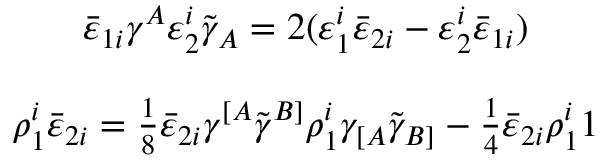
\begin{array} { c } { { \bar { \varepsilon } _ { 1 i } \gamma ^ { A } \varepsilon _ { 2 } ^ { i } \tilde { \gamma } _ { A } = 2 ( \varepsilon _ { 1 } ^ { i } \bar { \varepsilon } _ { 2 i } - \varepsilon _ { 2 } ^ { i } \bar { \varepsilon } _ { 1 i } ) } } \\ { { { } } } \\ { { \rho _ { 1 } ^ { i } \bar { \varepsilon } _ { 2 i } = \textstyle { \frac { 1 } { 8 } } \bar { \varepsilon } _ { 2 i } \gamma ^ { [ A } \tilde { \gamma } ^ { B ] } \rho _ { 1 } ^ { i } \gamma _ { [ A } \tilde { \gamma } _ { B ] } - \textstyle { \frac { 1 } { 4 } } \bar { \varepsilon } _ { 2 i } \rho _ { 1 } ^ { i } 1 } } \end{array}